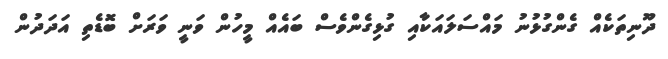
ދޫނިތަކެއް ގެންގުޅުނު މައްސަލައަކާއި ގުޅިގެންވެސް ބައެއް މީހުން ވަނީ ވަރަށް ބޮޑެތި އަދަދުން